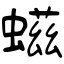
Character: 螆